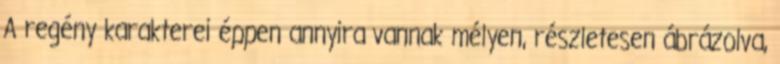
A regény karakterei éppen annyira vannak mélyen, részletesen ábrázolva,